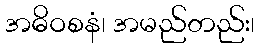
အဓိဝစနံ၊ အမည်တည်း၊